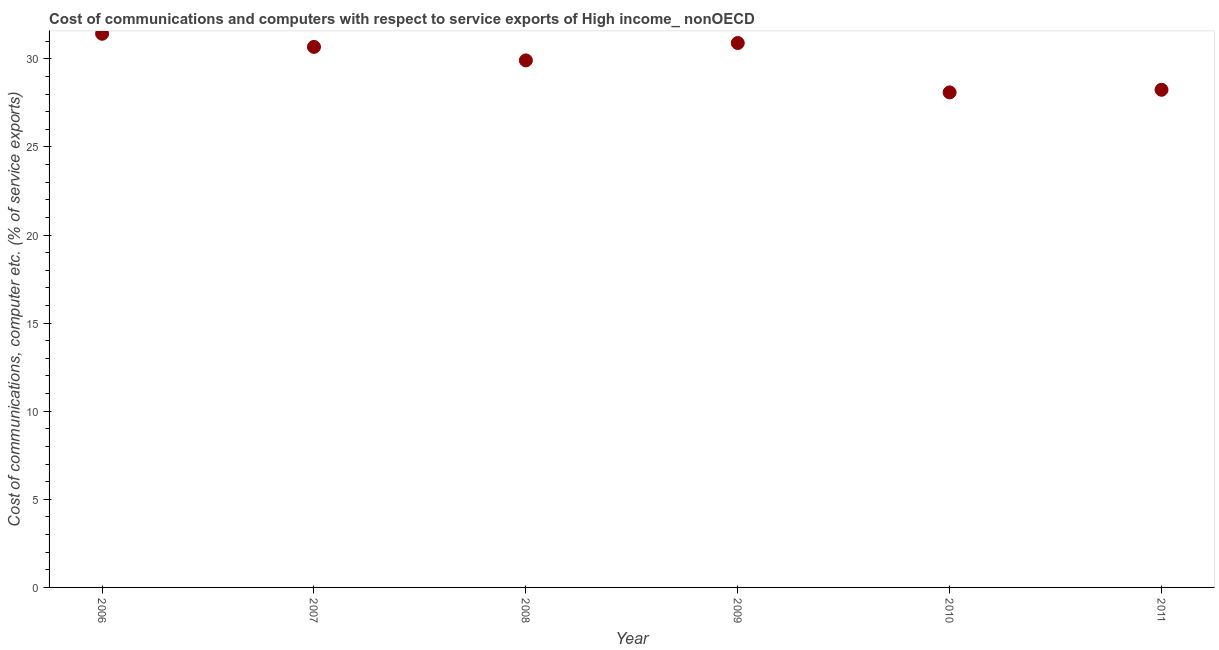
| Year | Communications |
 | --- | --- |
 | 2006 | 31.4 |
 | 2007 | 30.7 |
 | 2008 | 29.9 |
 | 2009 | 30.9 |
 | 2010 | 28.1 |
 | 2011 | 28.2 |